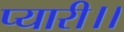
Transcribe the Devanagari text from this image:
प्यारी।।